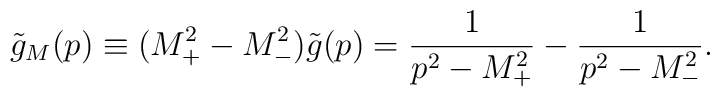
\tilde g_M(p) \equiv (M_+^2-M_-^2) \tilde g(p) = \frac{1}{p^2-M_+^2}  - \frac{1}{p^2 - M_-^2}.